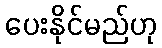
ပေးနိုင်မည်ဟု